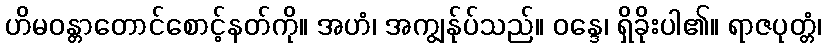
ဟိမဝန္တာတောင်စောင့်နတ်ကို။ အဟံ၊ အကျွန်ုပ်သည်။ ဝန္ဒေ၊ ရှိခိုးပါ၏။ ရာဇပုတ္တံ၊